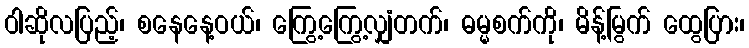
ဝါဆိုလပြည့်၊ စနေနေ့ဝယ်၊ ကြွေ့ကြွေ့လျှံတက်၊ ဓမ္မစက်ကို၊ မိန့်မြွက် ထွေပြား၊